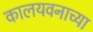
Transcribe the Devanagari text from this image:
कालयवनाच्या